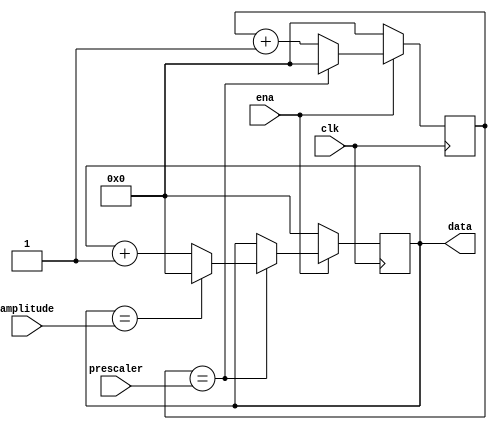
`timescale 1ns / 1ps

module saw_tooth_wave(input clk,
                      input ena,
                      input [15:0] amplitude,
                      input [15:0] prescaler,
                      output reg [15:0]data);
    initial
    begin
        data = 0;
    end
    reg [15:0] counter = 0;
    
    always @(posedge clk)
    begin
        if (ena)
        begin
            if (counter == prescaler)
            begin
                counter <= 0;
                
                if (data == amplitude)data <= 0;
                
                else data <= data + 1;
                
            end
            else counter <= counter + 1;
        end
        else begin
            data <= 0;
            counter <= 0;
        end
    end
    
endmodule